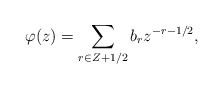
\begin{align*} \varphi (z) = \sum _{r\in Z+1/2}b_{r}z^{-r-1/2},\end{align*}